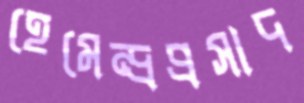
হেমেন্দ্রপ্রসাদ